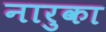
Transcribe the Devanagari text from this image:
नारुका